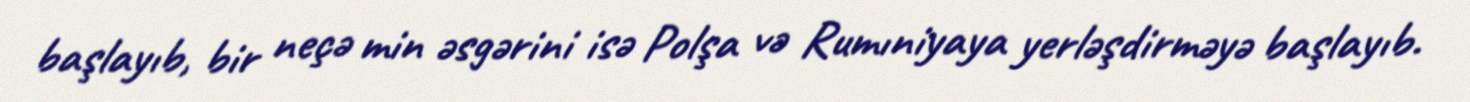
başlayıb, bir neçə min əsgərini isə Polşa və Rumıniyaya yerləşdirməyə başlayıb.